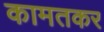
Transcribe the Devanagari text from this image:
कामतकर